Civil Veterinary Department. Madras. Admin. report 1910-25 - 1910-1925
Year: 1910
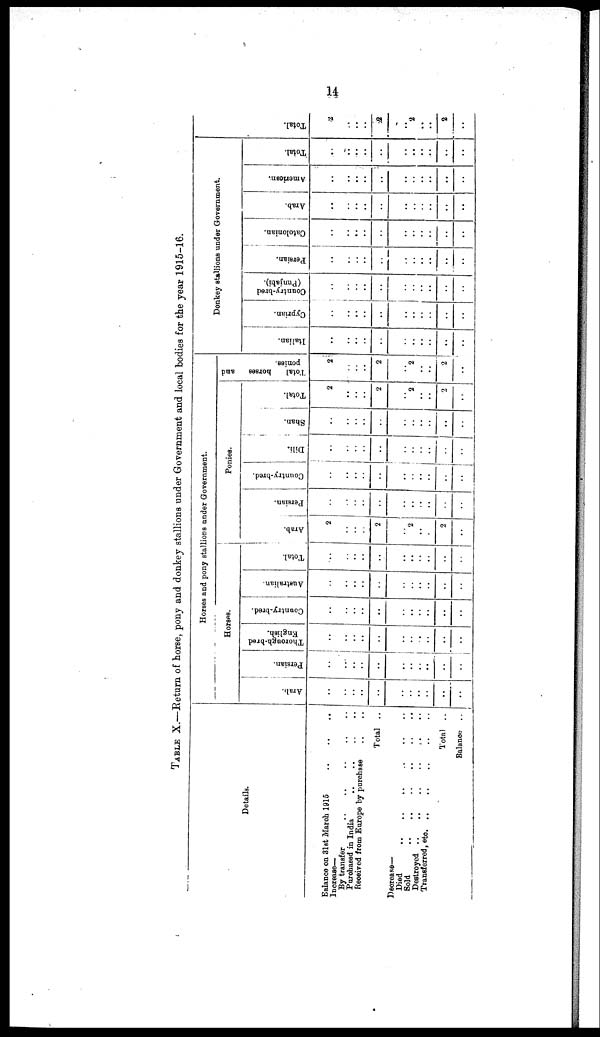
14
TABLE X.—Return of horse, pony and donkey stallions under Government and local bodies for the year 1915-16.
Details.
Balance on 31st March 1915 .. .. ..
Increase—
By transfer .. .. .. .. ..
Purchased in India .. .. .. ..
Received from Europe by purchase .. ..
Total ..
Decrease—
Died .. .. .. .. .. ..
Sold .. .. .. .. .. ..
Destroyed
..
..
..
..
..
..
Transferred, etc. .. .. .. .. ..
Total ..
Balance ..
Horses and pony stallions under Government.
Horses.
Arab.
..
..
..
..
..
..
..
..
..
..
..
Persian.
..
..
..
..
..
..
..
..
..
..
..
Thorough-bred
English.
..
..
..
..
..
..
..
..
..
..
..
Country-bred.
..
..
..
..
..
..
..
..
..
..
..
Australian.
..
..
..
..
..
..
..
..
..
..
..
Total.
..
..
..
..
..
..
..
..
..
..
..
Ponies.
Arab.
2
..
..
..
2
..
2
..
..
2
..
Persian.
..
..
..
..
..
..
..
..
..
..
..
Country-bred.
..
..
..
..
..
..
..
..
..
..
..
Dili.
..
..
..
..
..
..
..
..
..
..
..
Shan.
..
..
..
..
..
..
..
..
..
..
..
Total.
2
..
..
..
2
..
2
..
..
2
..
Total
horses and
ponies.
2
..
..
..
2
..
2
..
..
2
..
Donkey stallions under Government.
Italian.
..
..
..
..
..
..
..
..
..
Cyprian.
..
..
..
..
..
..
..
..
..
..
..
Country-bred
(Punjabi).
..
..
..
..
..
..
..
..
..
..
..
Persian.
..
..
..
..
..
..
..
..
..
..
..
Catolonian.
..
..
..
..
..
..
..
..
..
..
..
Arab.
..
..
..
..
..
..
..
..
..
..
..
American.
..
..
..
..
..
..
..
..
..
..
..
Total.
..
..
..
..
..
..
..
..
..
..
..
Tot al .
2
..
..
..
2
..
2
..
..
2
..